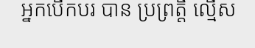
អ្នកបើកបរ បាន ប្រព្រត្តឹ ល្មើស